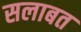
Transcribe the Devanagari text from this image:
सलाबत